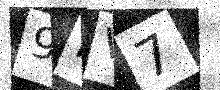
Text: 9FV7